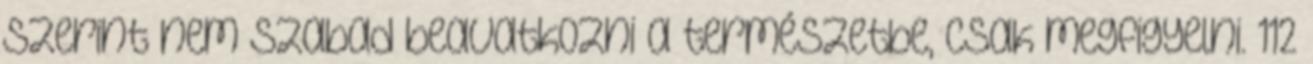
szerint nem szabad beavatkozni a természetbe, csak megfigyelni. 112